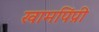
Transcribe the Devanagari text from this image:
खामपिंप्री